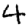
Digit: 4